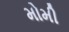
મોમી